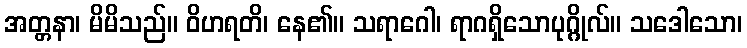
အတ္တနာ၊ မိမိသည်။ ဝိဟရတိ၊ နေ၏။ သရာဂေါ၊ ရာဂရှိသောပုဂ္ဂိုလ်။ သဒေါသော၊